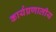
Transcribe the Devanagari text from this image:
कार्यप्रणालीय